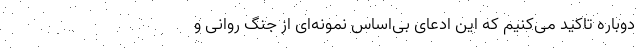
دوباره تاکید می‌کنیم که این ادعای بی‌اساس نمونه‌ای از جنگ روانی و